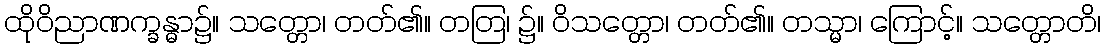
ထိုဝိညာဏက္ခန္ဓာ၌။ သတ္တော၊ တတ်၏။ တတြ၊ ၌။ ဝိသတ္တော၊ တတ်၏။ တသ္မာ၊ ကြောင့်။ သတ္တောတိ၊